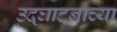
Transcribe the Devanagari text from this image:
उद्घाटनाच्या